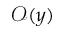
\mathcal O ( y )